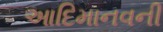
આદિમાનવની